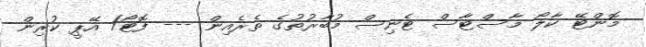
މޮންޓޭ ކާލޯ މާސްޓާސް ޓެނިސް މުބާރުތުގެ ތެރެއިން --- ފޮޓޯ/ އޭޕީ ކުރިން